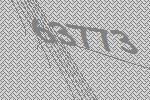
63773